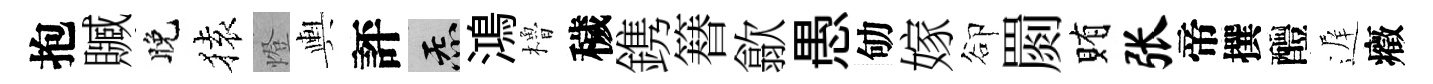
抱贓晚𫞤燈輿評炁鴻櫓穢鎸簮歙愚劬嫁卻罽賄张帝撰醴遅癥